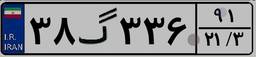
۳۸گ۳۳۶۹۱